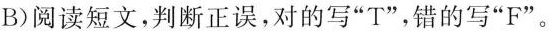
B)阅读短文,判断正误,对的写"T",错的写"F".